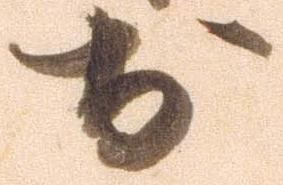
於